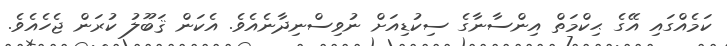
ކަމެއްގައި އޭގެ ޙިކްމަތް އިންސާނާގެ ސިކުޑިއަށް ނުވިސްނިދާނެއެވެ. އެކަން ޤަބޫލު ކުރަން ޖެހެއެވެ.